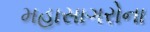
મહાસાગરોના